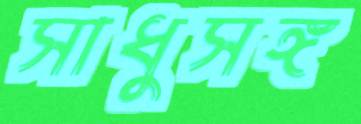
সাধুসঙ্গ